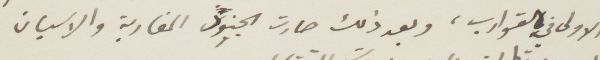
الأولى في القوارب، وبعد ذلك صارت الجنود المغاربة والاسبان